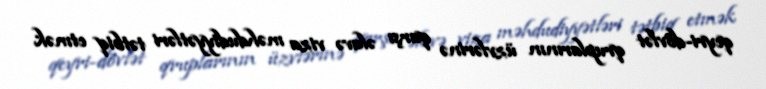
qeyri-dövlət qruplarının üzvlərinə qarşı əlavə viza məhdudiyyətləri tətbiq etmək